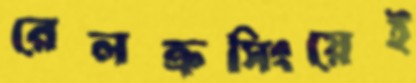
রেলক্রসিংয়েই